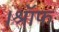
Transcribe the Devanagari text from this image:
।श्रॉफ